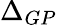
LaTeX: \Delta_{GP}